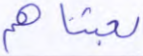
بعثناهم